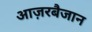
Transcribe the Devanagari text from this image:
आज़रबैजान